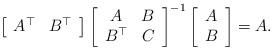
LaTeX: \begin{align*}\left[\begin{array}{cc}A^{\top} & B^{\top}\end{array}\right]\left[\begin{array}{cc}A & B\\B^{\top} & C\end{array}\right]^{-1}\left[\begin{array}{c}A\\B\end{array}\right]=A.\end{align*}